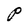
Character: P